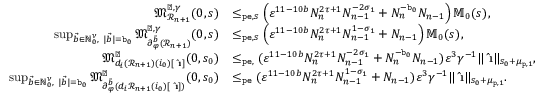
\begin{array} { r l } { \mathfrak { M } _ { \mathcal { R } _ { n + 1 } } ^ { \sharp , \gamma } ( 0 , s ) } & { \le _ { \mathtt { p e } , s } \left( \varepsilon ^ { 1 1 - 1 0 b } N _ { n } ^ { 2 \tau + 1 } N _ { n - 1 } ^ { - 2 \sigma _ { 1 } } + N _ { n } ^ { - \mathtt { b } _ { 0 } } N _ { n - 1 } \right) \mathbb { M } _ { 0 } ( s ) , } \\ { \operatorname* { s u p } _ { \vec { b } \in \mathbb { N } _ { 0 } ^ { \nu } , \ | \vec { b } | = \mathtt { b } _ { 0 } } \mathfrak { M } _ { \partial _ { \varphi } ^ { \vec { b } } ( \mathcal { R } _ { n + 1 } ) } ^ { \sharp , \gamma } ( 0 , s ) } & { \le _ { \mathtt { p e } , s } \left( \varepsilon ^ { 1 1 - 1 0 b } N _ { n } ^ { 2 \tau + 1 } N _ { n - 1 } ^ { 1 - \sigma _ { 1 } } + N _ { n - 1 } \right) \mathbb { M } _ { 0 } ( s ) , } \\ { \mathfrak { M } _ { d _ { i } ( \mathcal { R } _ { n + 1 } ) ( i _ { 0 } ) [ \hat { \textbf { \i } } ] } ^ { \sharp } ( 0 , s _ { 0 } ) } & { \le _ { \mathtt { p e } , } ( \varepsilon ^ { 1 1 - 1 0 b } N _ { n } ^ { 2 \tau + 1 } N _ { n - 1 } ^ { - 2 \sigma _ { 1 } } + N _ { n } ^ { - \mathtt { b } _ { 0 } } N _ { n - 1 } ) \varepsilon ^ { 3 } \gamma ^ { - 1 } \rVert \hat { \textbf { \i } } \rVert _ { s _ { 0 } + \mu _ { \mathtt { p } , 1 } } , } \\ { \operatorname* { s u p } _ { \vec { b } \in \mathbb { N } _ { 0 } ^ { \nu } , \ | \vec { b } | = \mathtt { b } _ { 0 } } \mathfrak { M } _ { \partial _ { \varphi } ^ { \vec { b } } ( d _ { i } \mathcal { R } _ { n + 1 } ( i _ { 0 } ) [ \hat { \textbf { \i } } ] ) } ^ { \sharp } ( 0 , s _ { 0 } ) } & { \le _ { \mathtt { p e } } ( \varepsilon ^ { 1 1 - 1 0 b } N _ { n } ^ { 2 \tau + 1 } N _ { n - 1 } ^ { 1 - \sigma _ { 1 } } + N _ { n - 1 } ) \varepsilon ^ { 3 } \gamma ^ { - 1 } \rVert \hat { \textbf { \i } } \rVert _ { s _ { 0 } + \mu _ { \mathtt { p } , 1 } } . } \end{array}